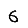
Digit: 6